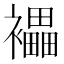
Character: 𧞭